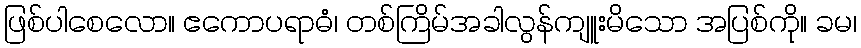
ဖြစ်ပါစေလော။ ဧကောပရာဓံ၊ တစ်ကြိမ်အခါလွန်ကျူးမိသော အပြစ်ကို။ ခမ၊